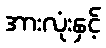
အားလုံးနှင့်